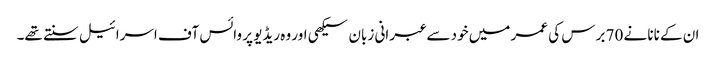
ان کے نانا نے 70 برس کی عمر میں خود سے عبرانی زبان سیکھی اور وہ ریڈیو پر وائس آف اسرائیل سنتے تھے۔